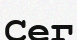
Сег